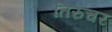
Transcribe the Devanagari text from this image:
तिरुचर